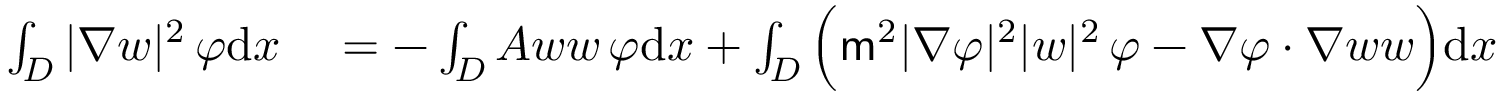
\begin{array} { r l } { \int _ { D } | \nabla w | ^ { 2 } \, \varphi \mathrm { d } x } & { { } = - \int _ { D } A w w \, \varphi \mathrm { d } x + \int _ { D } \Big ( \mathsf { m } ^ { 2 } | \nabla \varphi | ^ { 2 } | w | ^ { 2 } \, \varphi - \nabla \varphi \cdot \nabla w w \Big ) \mathrm { d } x } \end{array}